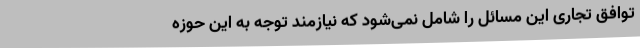
توافق تجاری این مسائل را شامل نمی‌شود که نیازمند توجه به این حوزه